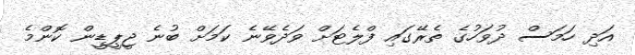
އަދި ހަމަސް ދުވަހުގެ ތެރޭގައި ފްލެޓަށް ވަދެވޭނެ ކަމަށް ބުނެ ޖީޕީޑީން ކޮންމެ